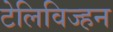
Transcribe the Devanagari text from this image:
टेलिविज्हन